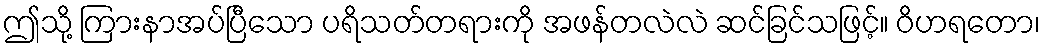
ဤသို့ ကြားနာအပ်ပြီသော ပရိသတ်တရားကို အဖန်တလဲလဲ ဆင်ခြင်သဖြင့်။ ဝိဟရတော၊